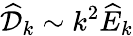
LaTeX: \widehat{\mathcal{D}}_{k}\sim k^{2}\widehat{E}_{k}